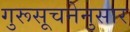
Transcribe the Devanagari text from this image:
गुरूसूचनेनुसार